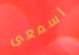
اسمعى